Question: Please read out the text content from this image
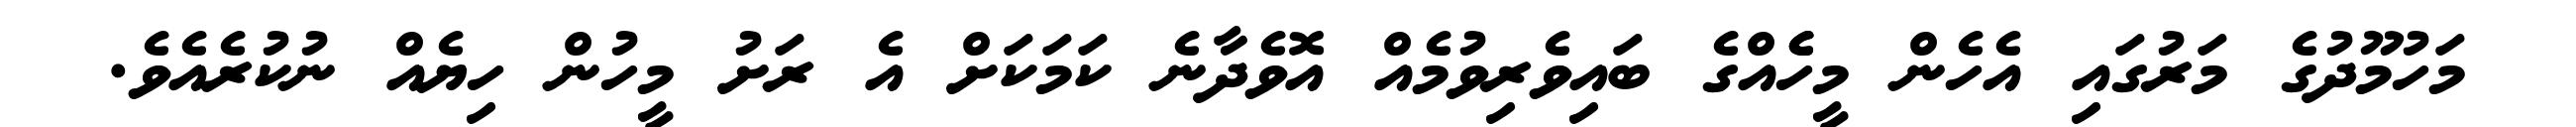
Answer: މަހުމޫދުގެ މަރުގައި އެހެން މީހެެއްގެ ބައިވެރިވުމެއް އޮވެދާނެ ކަމަކަށް އެ ރަށު މީހުން ހިޔެއް ނުކުރެއެވެ.